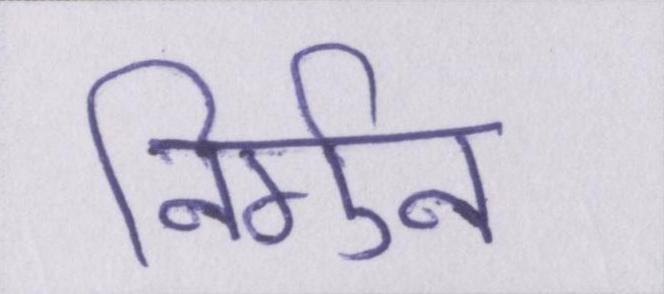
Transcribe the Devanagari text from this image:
निर्गुन